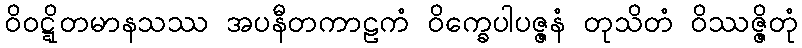
ဝိဝဋ္ဋိတမာနသဿ အပနီတကာဠကံ ဝိက္ခေပါပဇ္ဇနံ တုသိတံ ဝိဿဇ္ဇိတုံ